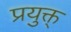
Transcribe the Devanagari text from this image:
प्रयुक्त्